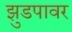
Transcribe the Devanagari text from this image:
झुडपावर